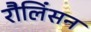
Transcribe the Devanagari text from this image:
रौलिंसन